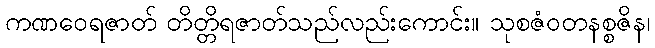
ကဏဝေရဇာတ် တိတ္တိရဇာတ်သည်လည်းကောင်း။ သုစဇံဝတနစ္စဇိန၊